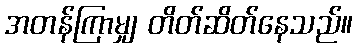
အတန်ကြာမျှ တိတ်ဆိတ်နေသည်။